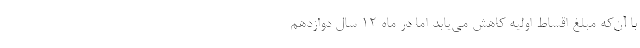
با آن‌که مبلغ اقساط اولیه کاهش می‌یابد اما در ماه 12 سال دوازدهم